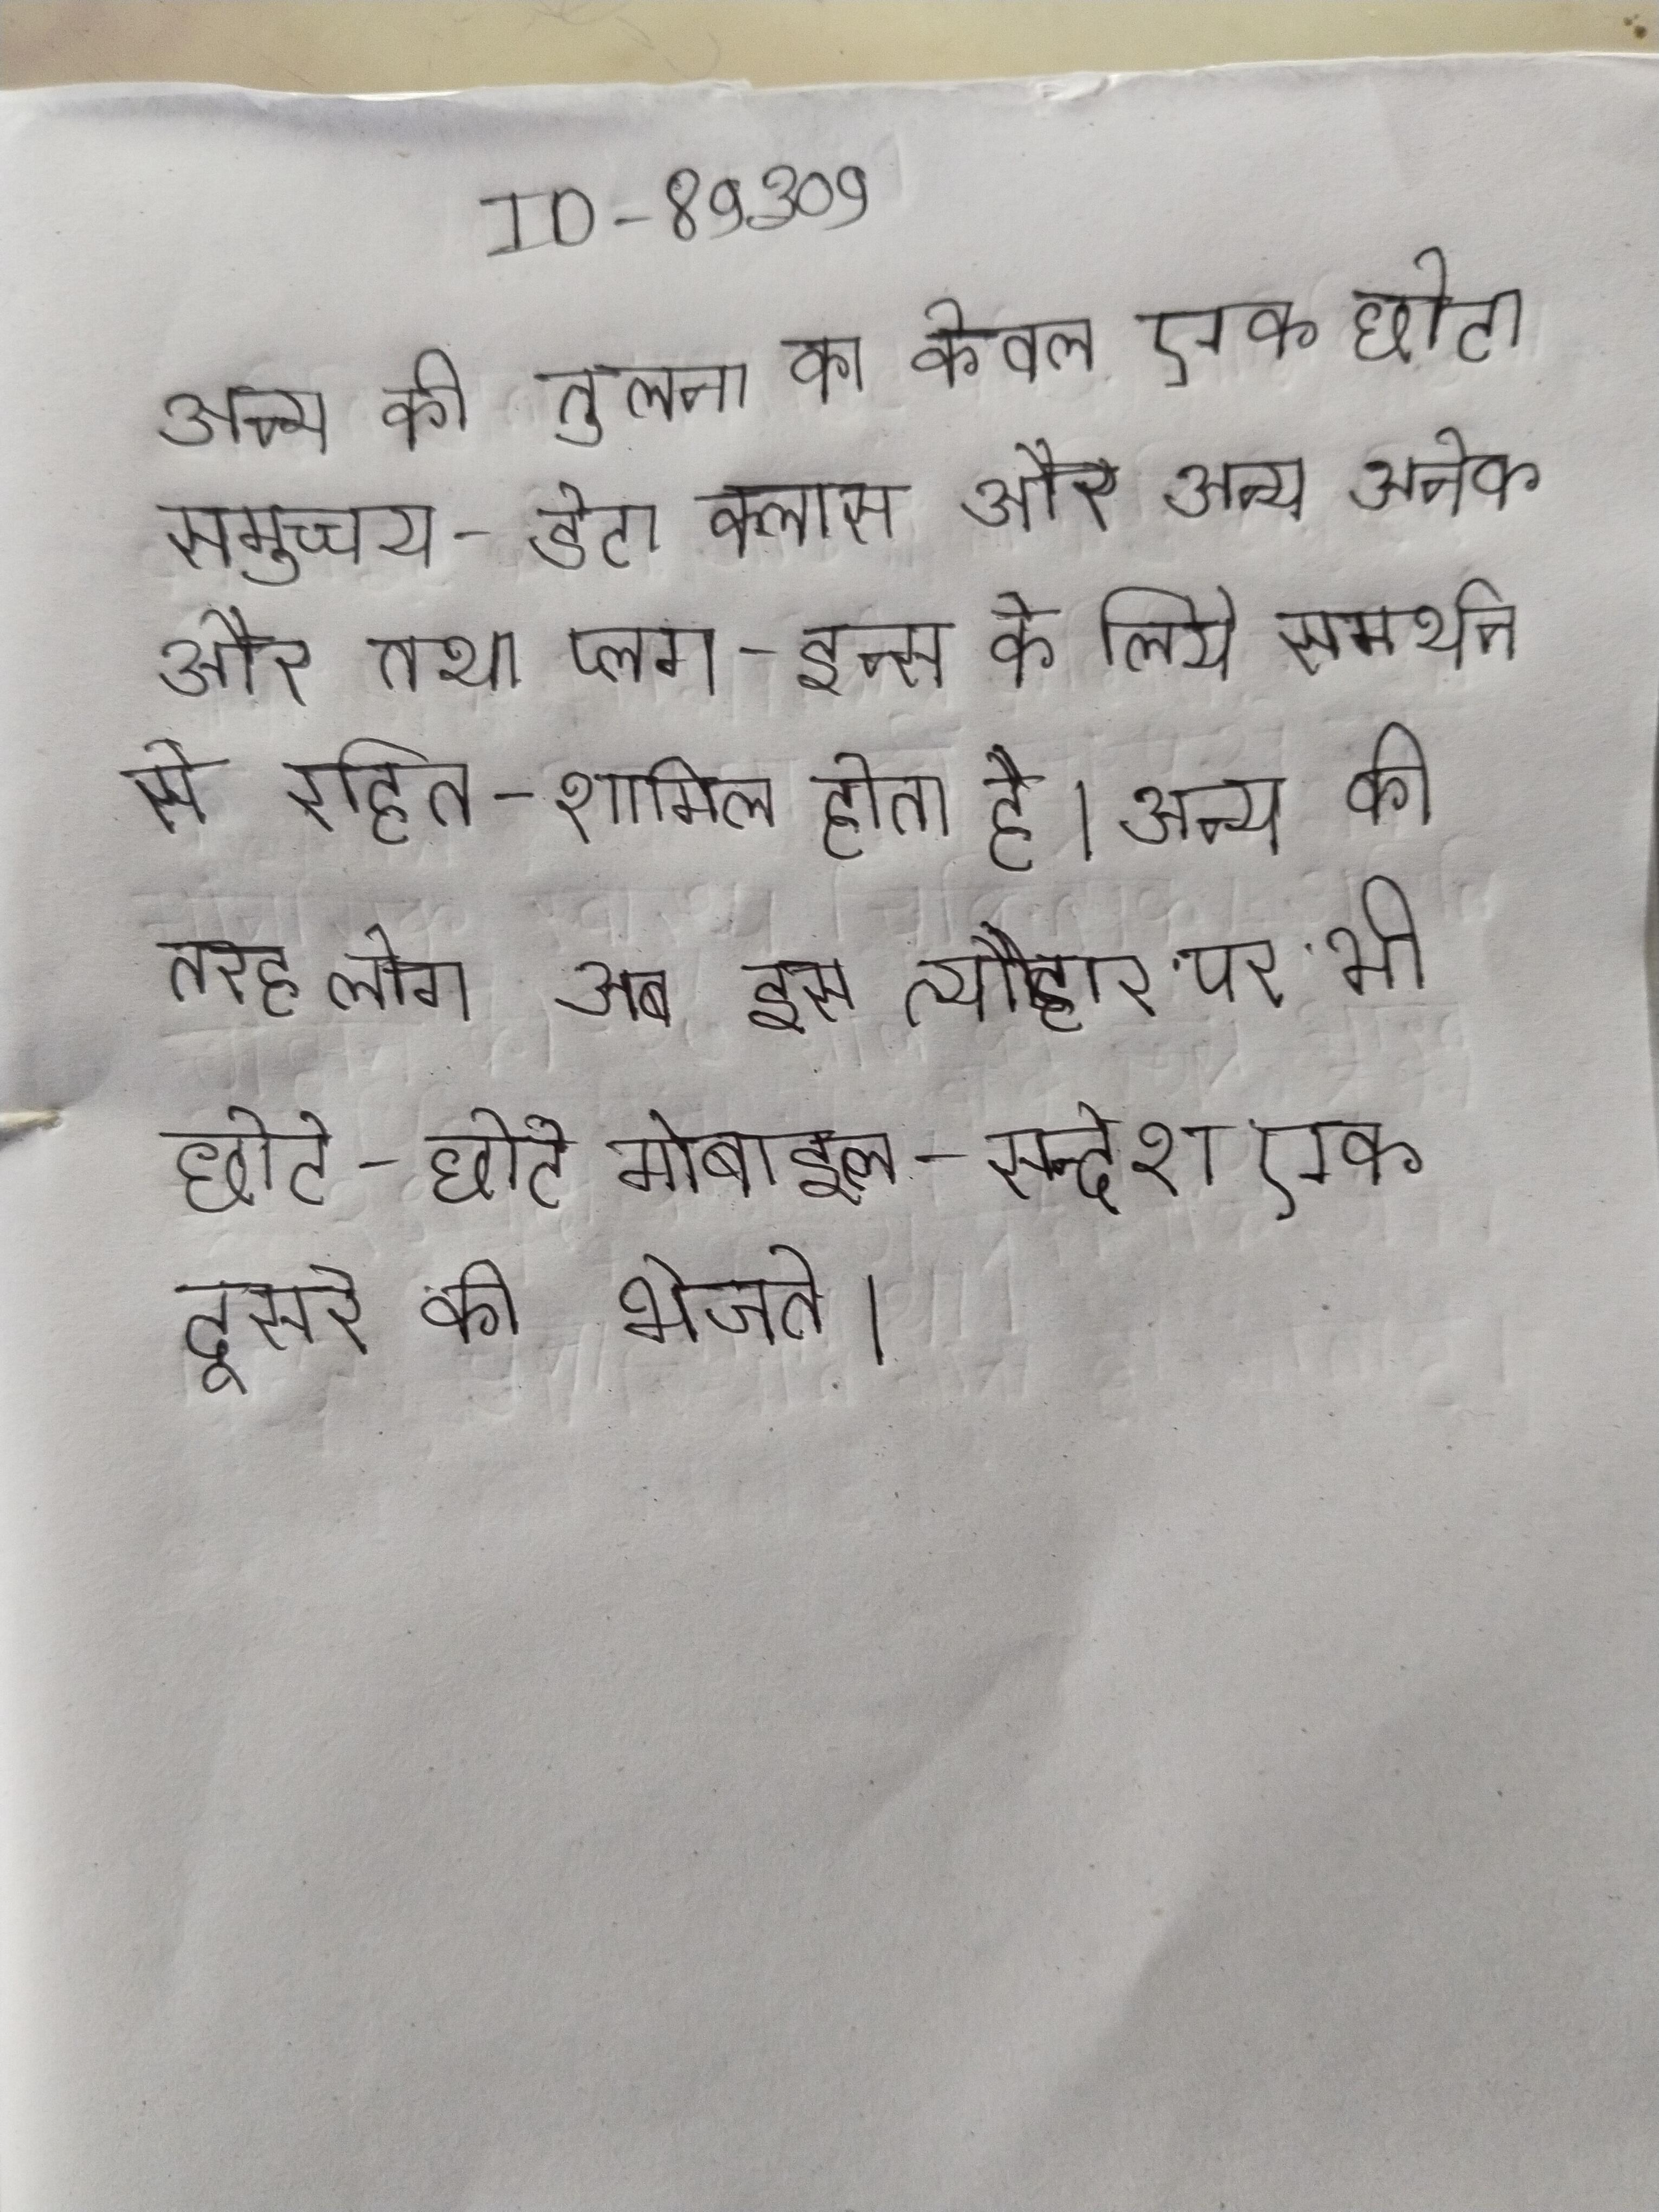
अन्य की तुलना का केवल एक छोटा समुच्चय - डेटा क्लास और अन्य अनेक और तथा प्लग-इन्स के लिये समर्थन से रहित - शामिल होता है । अन्य की तरह लोग अब इस त्यौहार पर भी छोटे-छोटे मोबाइल-सन्देश एक दूसरे को भेजते ।